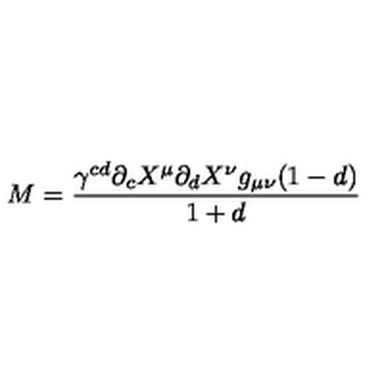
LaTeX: M = \frac { \gamma ^ { c d } \partial _ { c } X ^ { \mu } \partial _ { d } X ^ { \nu } g _ { \mu \nu } ( 1 - d ) } { 1 + d }